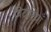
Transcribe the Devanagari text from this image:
पिटारियाँ